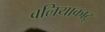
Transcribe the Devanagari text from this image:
वलियाकाटू